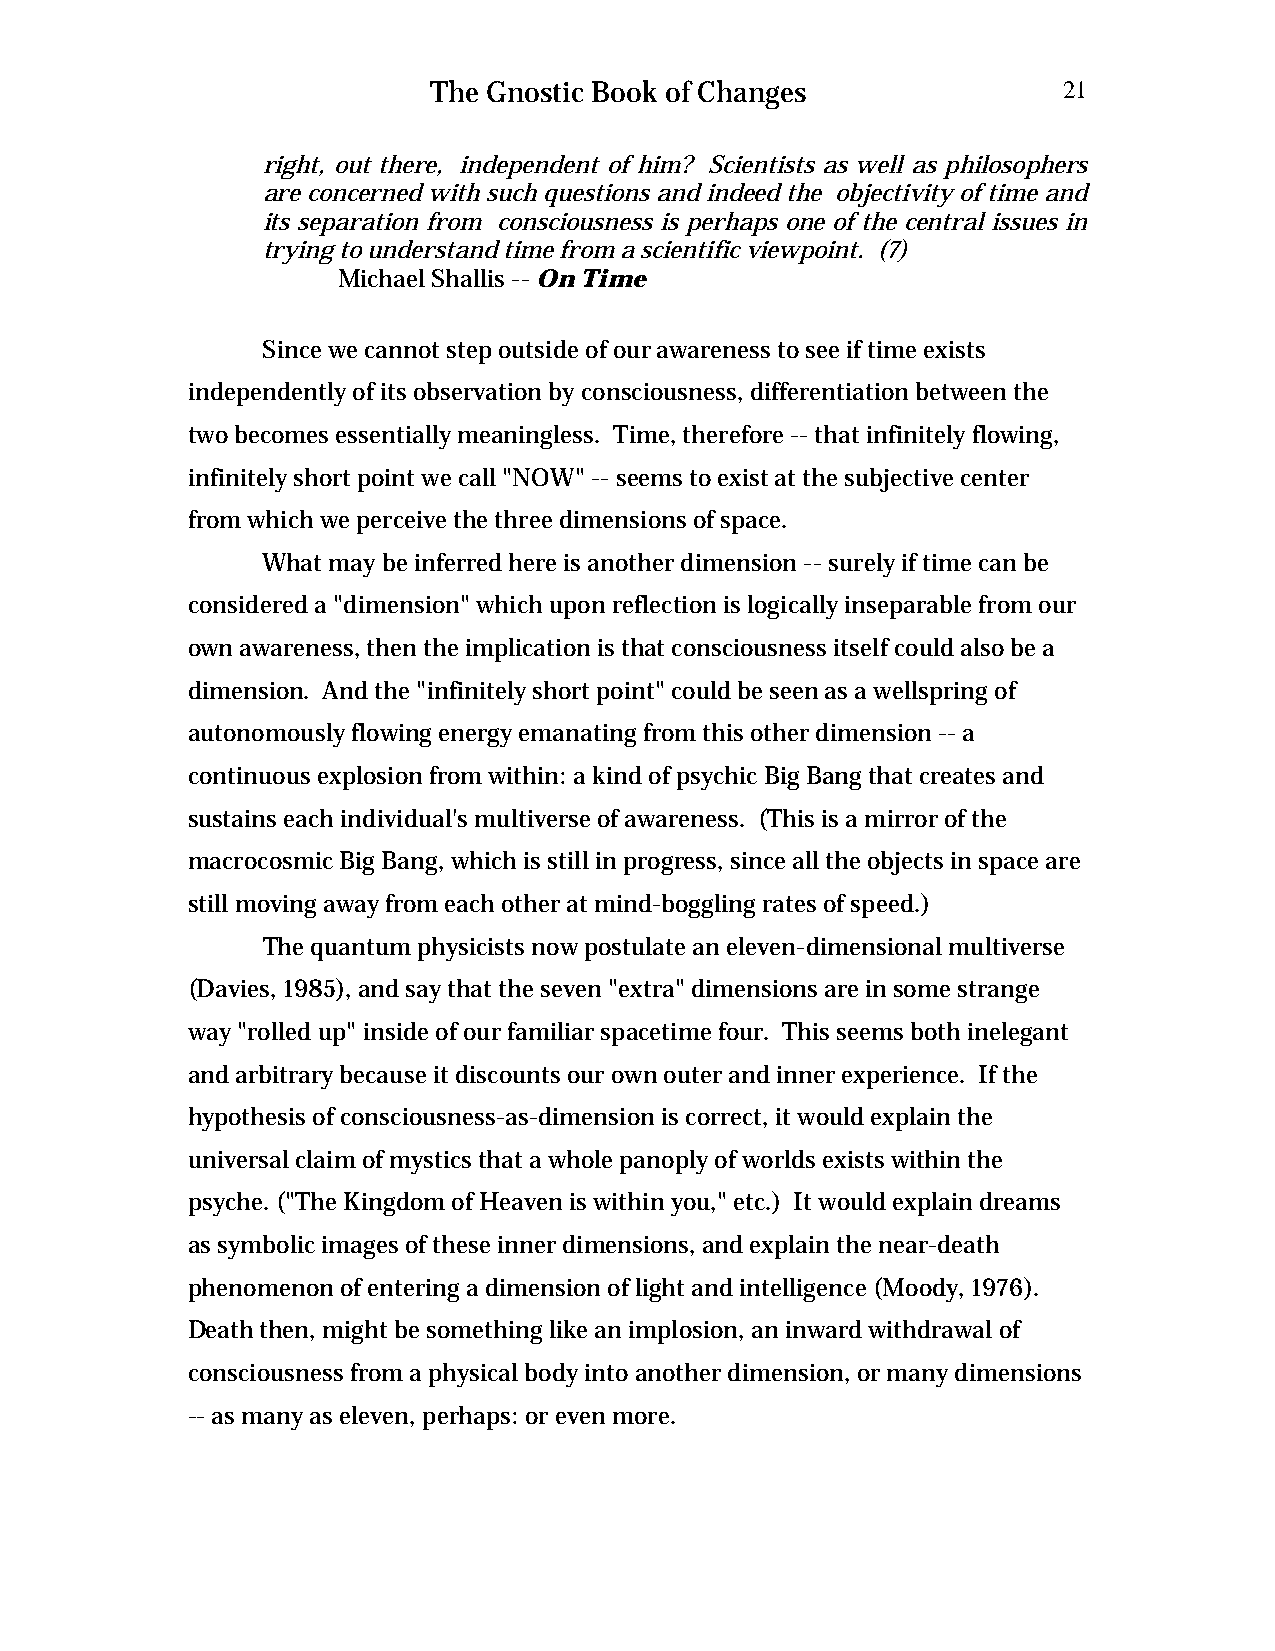
The Gnostic Book of Changes              21
 right, out there, independent of him? Scientists as well as philosophers
 are concerned with such questions and indeed the objectivity of time and
 its separation from consciousness is perhaps one of the central issues in
 trying to understand time from a scientific viewpoint. (7)
 Michael Shallis -- On Time
 Since we cannot step outside of our awareness to see if time exists
 independently of its observation by consciousness, differentiation between the
 two becomes essentially meaningless. Time, therefore -- that infinitely flowing,
 infinitely short point we call "NOW" -- seems to exist at the subjective center
 from which we perceive the three dimensions of space.
 What may be inferred here is another dimension -- surely if time can be
 considered a "dimension" which upon reflection is logically inseparable from our
 own awareness, then the implication is that consciousness itself could also be a
 dimension. And the "infinitely short point" could be seen as a wellspring of
 autonomously flowing energy emanating from this other dimension -- a
 continuous explosion from within: a kind of psychic Big Bang that creates and
 sustains each individual's multiverse of awareness. (This is a mirror of the
 macrocosmic Big Bang, which is still in progress, since all the objects in space are
 still moving away from each other at mind-boggling rates of speed.)
 The quantum physicists now postulate an eleven-dimensional multiverse
 (Davies, 1985), and say that the seven "extra" dimensions are in some strange
 way "rolled up" inside of our familiar spacetime four. This seems both inelegant
 and arbitrary because it discounts our own outer and inner experience. If the
 hypothesis of consciousness-as-dimension is correct, it would explain the
 universal claim of mystics that a whole panoply of worlds exists within the
 psyche. ("The Kingdom of Heaven is within you," etc.) It would explain dreams
 as symbolic images of these inner dimensions, and explain the near-death
 phenomenon of entering a dimension of light and intelligence (Moody, 1976).
 Death then, might be something like an implosion, an inward withdrawal of
 consciousness from a physical body into another dimension, or many dimensions
 -- as many as eleven, perhaps: or even more.